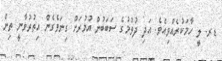
ޑރ. ލީ ހާމަކުރެއްވިއެވެ. އަދި ދުވުމުގެ ސަބަބުން އުމުރަށް ގިނަވެގެން އިތުރުވާނީ ތިން